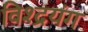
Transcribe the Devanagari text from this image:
विश्द्रयंग